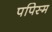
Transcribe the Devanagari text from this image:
पपिस्म